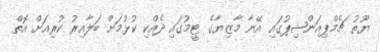
ޔޫތު ޗެމްޕިއަންޝިޕުގައި އޭނާ މާޒިޔާގެ ޓީމުގައި ދެއްކި ކުޅުމަށް ބަލާއިރު ކުރިއަށް އޮތް